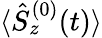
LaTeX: {\langle\hat{S}_{z}^{(0)}(t)\rangle}